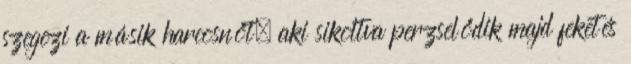
szegezi a másik harcosnőt, aki sikoltva perzselődik majd feketés